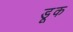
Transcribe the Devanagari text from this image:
डूक